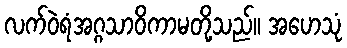
လက်ဝဲရံအဂ္ဂသာဝိကာမတို့သည်။ အဟေသုံ